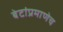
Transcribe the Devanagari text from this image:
बेटांप्रमाणेच